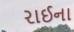
રાઈના